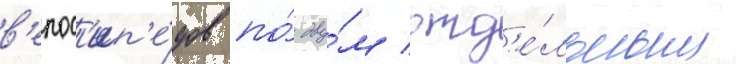
в'елос'ип'е́дов по́ дву́м отд'е́льным